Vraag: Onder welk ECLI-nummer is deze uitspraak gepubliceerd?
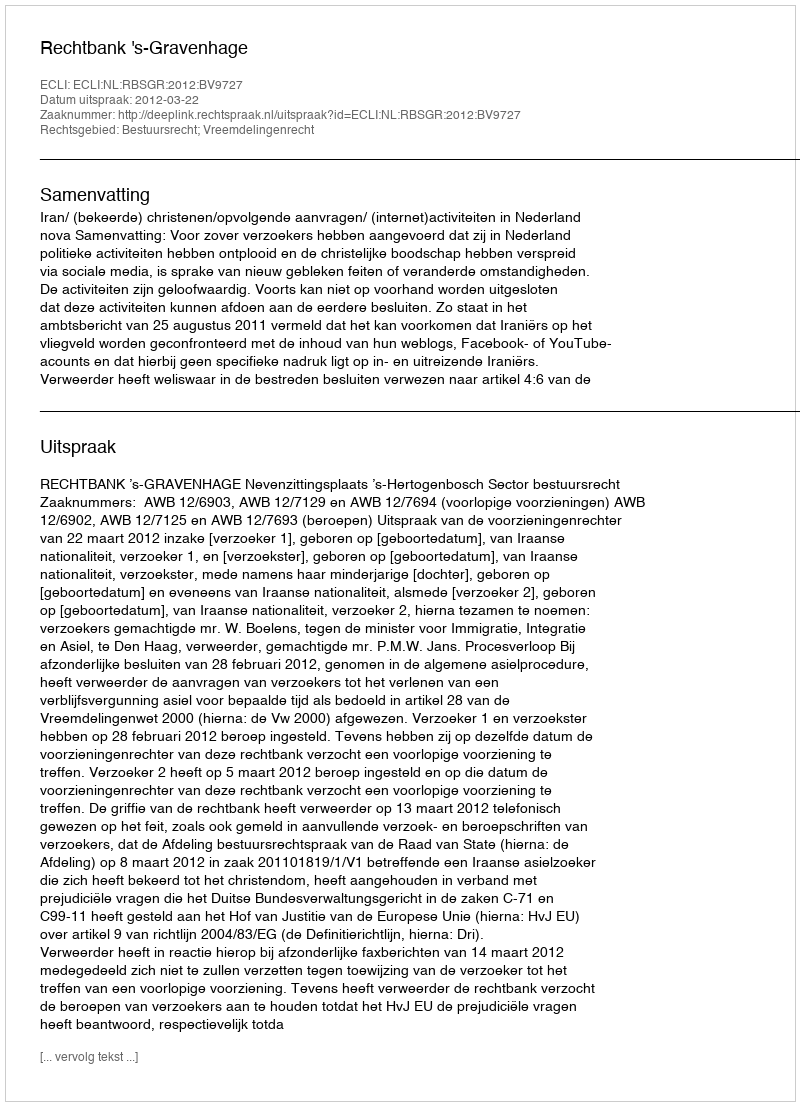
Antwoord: ECLI:NL:RBSGR:2012:BV9727